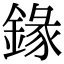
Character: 䤸